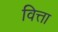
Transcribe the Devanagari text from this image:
वित्ता